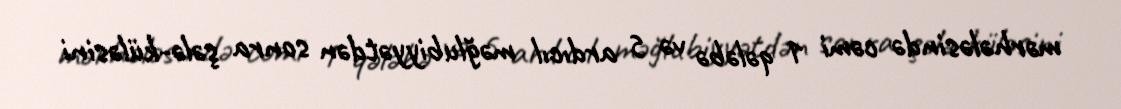
mərhələsində cəmi 1 qələbə və 5 ardıcıl məğlubiyyətdən sonra şələ-küləsini